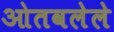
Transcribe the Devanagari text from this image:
ओतवलेले